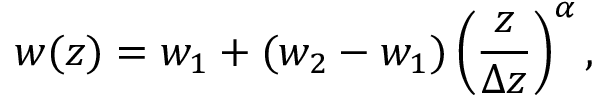
w ( z ) = w _ { 1 } + ( w _ { 2 } - w _ { 1 } ) \left( \frac { z } { \Delta z } \right) ^ { \alpha } ,